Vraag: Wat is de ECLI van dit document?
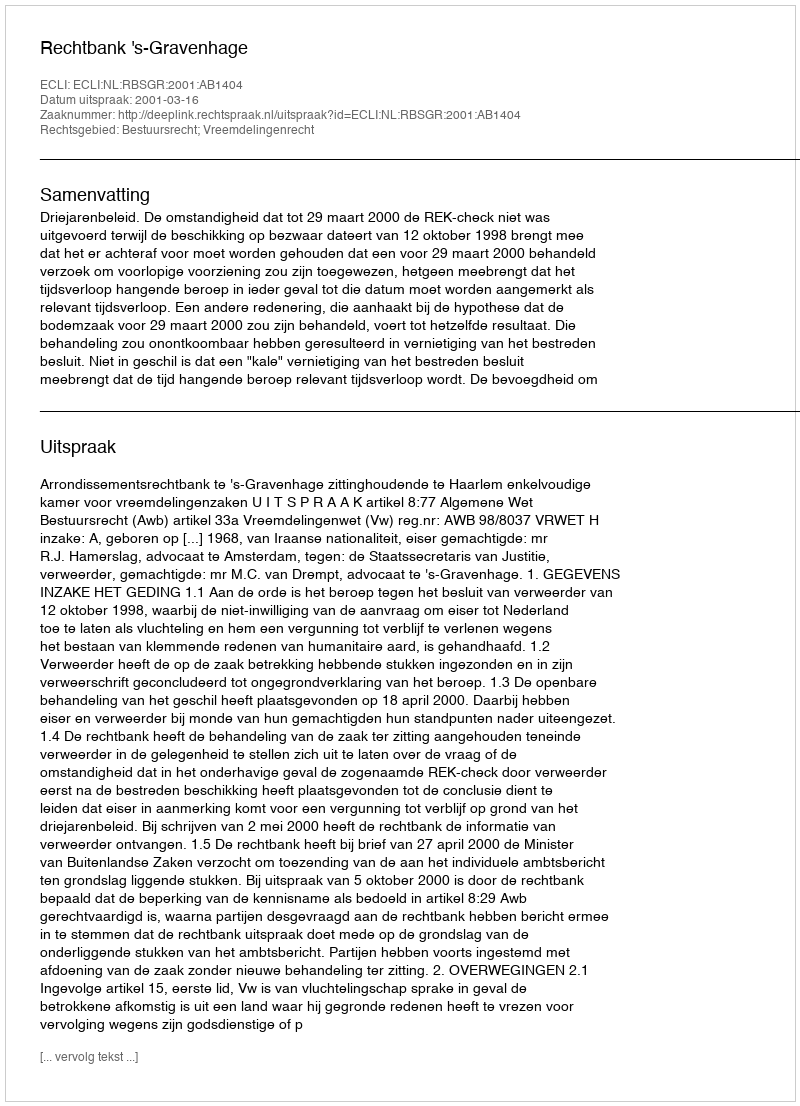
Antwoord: ECLI:NL:RBSGR:2001:AB1404